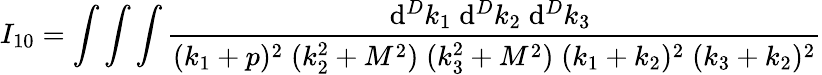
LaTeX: I_{10}=\int\int\int\frac{\mathrm{d}^{D}k_{1}\; \mathrm{d}^{D}k_{2}\; \mathrm{d}^{D}k_{3}\; }{(k_{1}+p)^{2}\; (k_{2}^{2}+M^{2})\; (k_{3}^{2}+M^{2})\; (k_{1}+k_{2})^{2}\; (k_{3}+k_{2})^{2}}